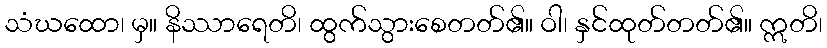
သံဃထော၊ မှ။ နိဿာရေတိ၊ ထွက်သွားစေတတ်၏။ ဝါ၊ နှင်ထုတ်တတ်၏။ ဣတိ၊